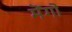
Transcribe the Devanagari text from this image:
मॆंगो